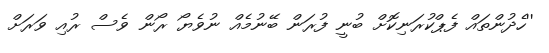
''ހެދުންތައް ފެޕްކުރަނިކޮށް ބުނީ ފުރަން ބޭނުމެއް ނުވެޔޯ ރޯން ވެސް ރުއި ވަރަށް